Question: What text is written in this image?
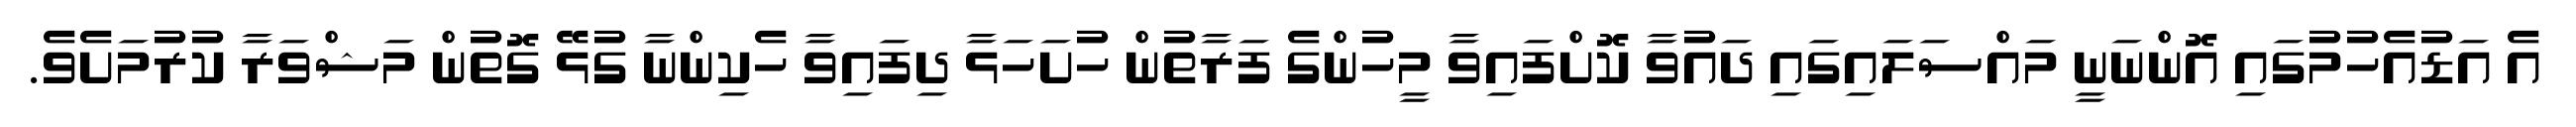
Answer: އެ އަޑުއެހުމުގައި އޮންނަނީ މައްސަލައިގައި ދައުވާ ކޮށްފައިވާ މީހުންގެ ފަރާތުން ހުށަހަޅާ ދިފައިވާ ހެކިންނާ ގުޅޭ ގޮތުން މަޝްވަރާ ކުރުމަށެވެ.